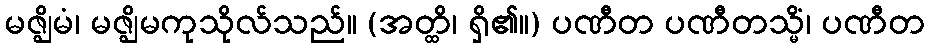
မဇ္ဈိမံ၊ မဇ္ဈိမကုသိုလ်သည်။ (အတ္ထိ၊ ရှိ၏။) ပဏီတ ပဏီတသ္မိံ၊ ပဏီတ